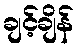
ချင့်ချိန်